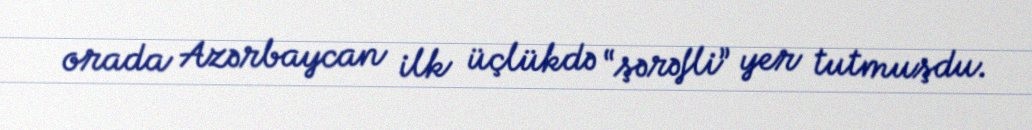
orada Azərbaycan ilk üçlükdə “şərəfli” yer tutmuşdu.